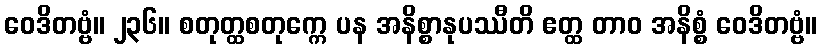
ဝေဒိတဗ္ဗံ။ ၂၃၆။ စတုတ္ထစတုက္ကေ ပန အနိစ္စာနုပဿီတိ ဧတ္ထ တာဝ အနိစ္စံ ဝေဒိတဗ္ဗံ။